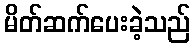
မိတ်ဆက်ပေးခဲ့သည်